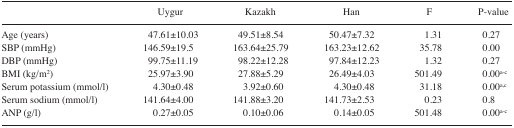
<table><thead><tr><td></td><td><b>Uygur</b></td><td><b>Kazakh</b></td><td><b>Han</b></td><td><b>F</b></td><td><b>P-value</b></td></tr></thead><tbody><tr><td>Age (years)</td><td>47.61±10.03</td><td>49.51±8.54</td><td>50.47±7.32</td><td>1.31</td><td>0.27</td></tr><tr><td>SBP (mmHg)</td><td>146.59±19.5</td><td>163.64±25.79</td><td>163.23±12.62</td><td>35.78</td><td>0.00</td></tr><tr><td>DBP (mmHg)</td><td>99.75±11.19</td><td>98.22±12.28</td><td>97.84±12.23</td><td>1.32</td><td>0.27</td></tr><tr><td>BMI (kg/m<sup>2</sup>)</td><td>25.97±3.90</td><td>27.88±5.29</td><td>26.49±4.03</td><td>501.49</td><td>0.00<sup>a–c</sup></td></tr><tr><td>Serum potassium (mmol/l)</td><td>4.30±0.48</td><td>3.92±0.60</td><td>4.30±0.48</td><td>31.18</td><td>0.00<sup>a,c</sup></td></tr><tr><td>Serum sodium (mmol/l)</td><td>141.64±4.00</td><td>141.88±3.20</td><td>141.73±2.53</td><td>0.23</td><td>0.8</td></tr><tr><td>ANP (g/l)</td><td>0.27±0.05</td><td>0.10±0.06</td><td>0.14±0.05</td><td>501.48</td><td>0.00<sup>a–c</sup></td></tr></tbody></table>